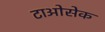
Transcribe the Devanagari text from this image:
टाओसेक